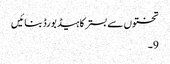
تختوں سے بستر کا ہیڈ بورڈ بنائیں
9۔